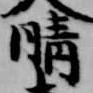
晴